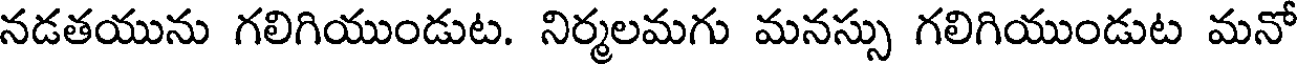
నడతయును గలిగియుండుట. నిర్మలమగు మనస్సు గలిగియుండుట మనో